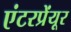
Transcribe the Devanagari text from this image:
एंटरप्रेंयूर